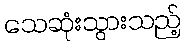
သေဆုံးသွားသည့်